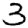
Digit: 3